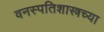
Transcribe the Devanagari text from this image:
वनस्पतिशास्त्रच्या